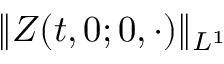
\| Z ( t , 0 ; 0 , \cdot ) \| _ { L ^ { 1 } }